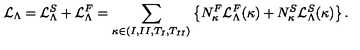
{ \cal L } _ { \Lambda } = { \cal L } _ { \Lambda } ^ { S } + { \cal L } _ { \Lambda } ^ { F } = \sum _ { \kappa \in { ( I , I I , T _ { I } , T _ { I I } ) } } \left\{ N _ { \kappa } ^ { F } { \cal L } _ { \Lambda } ^ { F } ( \kappa ) + N _ { \kappa } ^ { S } { \cal L } _ { \Lambda } ^ { S } ( \kappa ) \right\} .